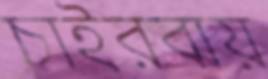
চাইরবায়